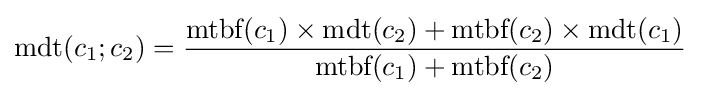
{\text{mdt}}(c_{1};c_{2})={\frac {{\text{mtbf}}(c_{1})\times {\text{mdt}}(c_{2})+{\text{mtbf}}(c_{2})\times {\text{mdt}}(c_{1})}{{\text{mtbf}}(c_{1})+{\text{mtbf}}(c_{2})}}\;